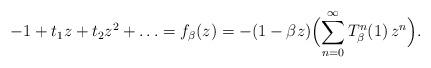
LaTeX: \begin{align*}-1 +t_1 z + t_2 z^2 +\ldots= f_{\beta}(z) = -(1 - \beta z)\Bigl(\sum_{n=0}^{\infty}T_{\beta}^{n}(1) \, z^n\Bigr).\end{align*}